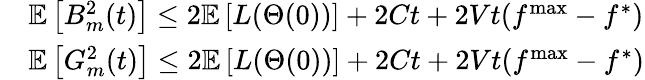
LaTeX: \begin{array}{rl}&{\mathbb{E}\left[B_{m}^{2}(t)\right]\leq 2\mathbb{E}\left[L(\Theta(0))\right]+2Ct+2Vt(f^{\operatorname*{max}}-f^{*})}\\ &{\mathbb{E}\left[G_{m}^{2}(t)\right]\leq 2\mathbb{E}\left[L(\Theta(0))\right]+2Ct+2Vt(f^{\operatorname*{max}}-f^{*})}\end{array}